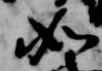
如